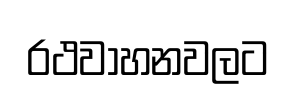
රථවාහනවලට